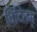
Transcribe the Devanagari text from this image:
विदितम्